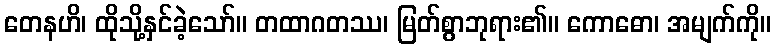
တေနဟိ၊ ထိုသို့နှင်ခဲ့သော်။ တထာဂတဿ၊ မြတ်စွာဘုရား၏။ ကောဓော၊ အမျက်ကို။